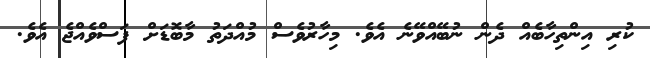
ކުރި އިންތިހާބެއް ދެން ނުބޭއްވޭނެ އެވެ. މިހާރުވެސް މުއްދަތު މާބޮޑަށް ފަސްވެއްޖެ އެވެ.